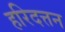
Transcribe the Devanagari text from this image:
हरिदत्तन